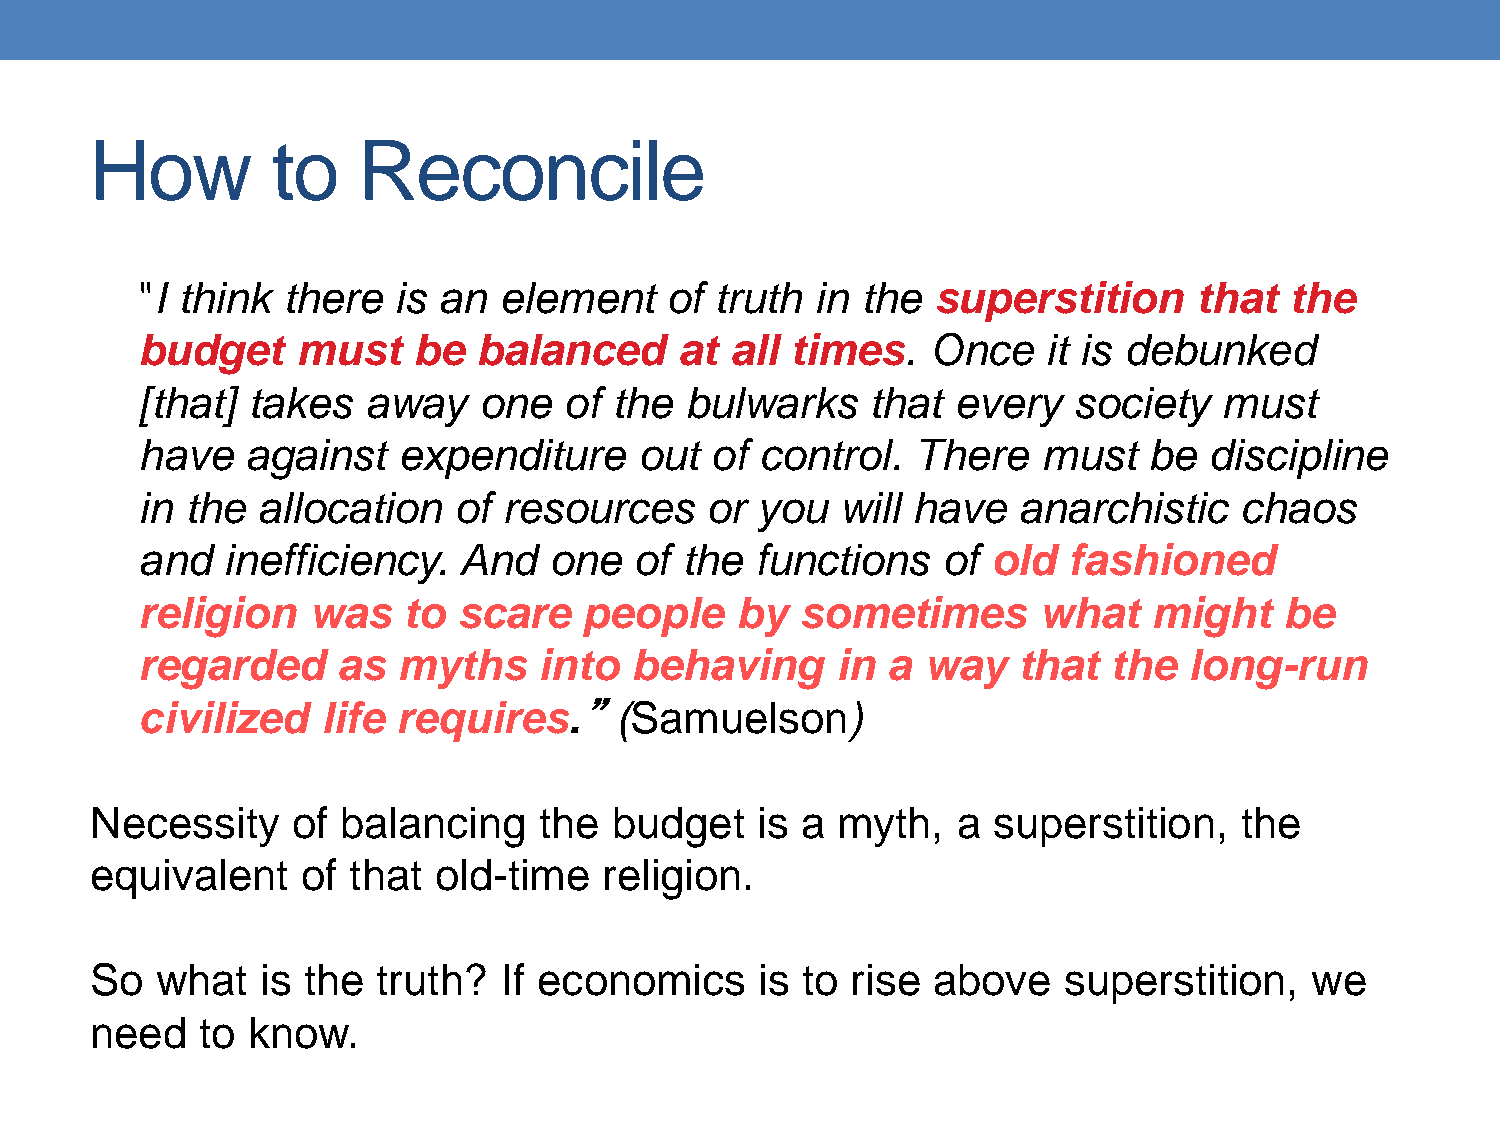
How         to    Reconcile
 "I think  there  is an  element    of truth  in the  superstition     that  the
 budget     must   be   balanced     at all times.    Once   it is debunked
 [that] takes   away    one  of  the bulwarks     that every   society   must
 have   against   expenditure     out  of control.   There   must   be  discipline
 in the  allocation   of resources     or you   will have  anarchistic    chaos
 and   inefficiency.  And   one   of the  functions   of  old  fashioned
 religion   was    to scare    people    by  sometimes       what   might    be
 regarded     as  myths     into  behaving     in  a way   that   the  long-run
 civilized   life requires.”     (Samuelson)
 Necessity    of  balancing    the  budget   is a myth,   a  superstition,   the
 equivalent    of that  old-time   religion.
 So  what   is the  truth?  If economics     is to rise  above   superstition,    we
 need   to know.